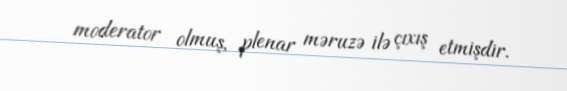
moderator olmuş, plenar məruzə ilə çıxış etmişdir.